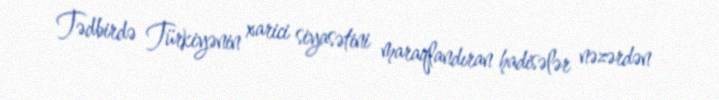
Tədbirdə Türkiyənin xarici siyasətini maraqlandıran hadisələr nəzərdən